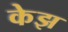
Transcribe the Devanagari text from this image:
केझ